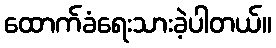
ထောက်ခံရေးသားခဲ့ပါတယ်။